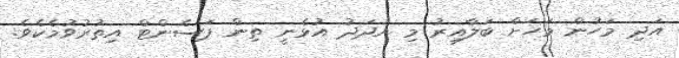
އަދި މަހުން މަހަށް ބަލާއިރު މި އަދަދު އުޅެނީ ތިން ޕަސެންޓް އިތުރުވުމެކެވެ.